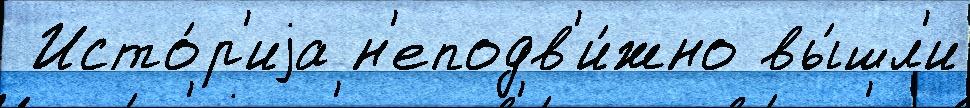
 Исто́р'иjа н'еподв'и́жно вы́шл'и